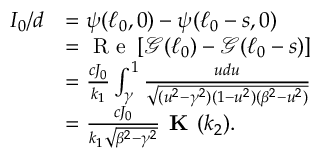
\begin{array} { r l } { I _ { 0 } / d } & { = \psi ( \ell _ { 0 } , 0 ) - \psi ( \ell _ { 0 } - s , 0 ) } \\ & { = \textrm { R e } \, [ \mathcal { G } ( \ell _ { 0 } ) - \mathcal { G } ( \ell _ { 0 } - s ) ] } \\ & { = \frac { c J _ { 0 } } { k _ { 1 } } \int _ { \gamma } ^ { 1 } \frac { u d u } { \sqrt { ( u ^ { 2 } - \gamma ^ { 2 } ) ( 1 - u ^ { 2 } ) ( \beta ^ { 2 } - u ^ { 2 } ) } } } \\ & { = \frac { c J _ { 0 } } { k _ { 1 } \sqrt { \beta ^ { 2 } - \gamma ^ { 2 } } } \textbf { K } ( k _ { 2 } ) . } \end{array}